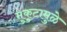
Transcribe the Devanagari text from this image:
मुकुटामुळे